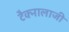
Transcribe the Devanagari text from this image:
टैक्नालाजी